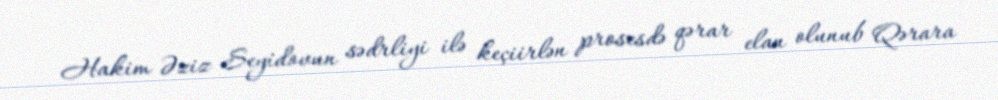
Hakim Əziz Seyidovun sədrliyi ilə keçiirlən prosesdə qərar elan olunub Qərara